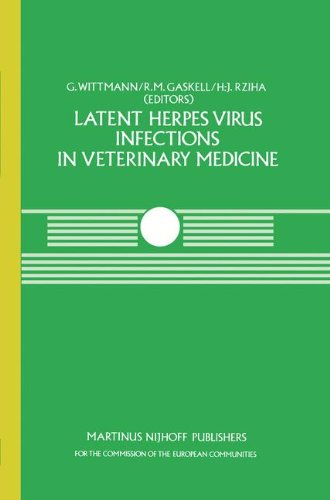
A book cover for Latent Herpes Virus Infections in Veterinary Medicine: A Seminar in the CEC Programme of Coordination of Research on Animal Pathology, held at ... 1982 (Current Topics in Veterinary Medicine); Medical Books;